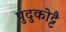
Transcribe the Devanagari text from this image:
पुदुकोट्टै